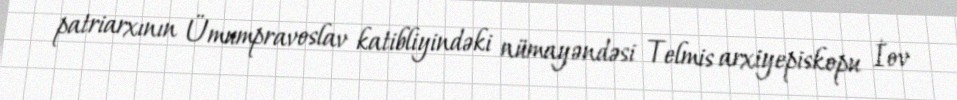
patriarxının Ümumpravoslav katibliyindəki nümayəndəsi Telmis arxiyepiskopu İov